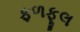
ફળફૂલ